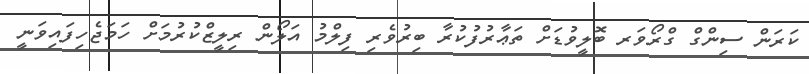
ކަރަން ސިންގް ގްރޯވަރ ބޮލީވުޑަށް ތަޢާރުފުކުރާ ބިރުވެރި ފިލްމު އަލޯން ރިލީޒްކުރުމަށް ހަމަޖެހިފައިވަނީ